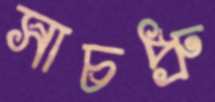
সাচপ্রু